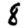
Digit: 8